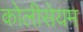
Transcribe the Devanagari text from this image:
कोलीसेयम